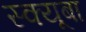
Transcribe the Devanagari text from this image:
स्क्यूबा